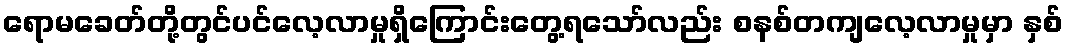
ရောမခေတ်တို့တွင်ပင်လေ့လာမှုရှိကြောင်းတွေ့ရသော်လည်း စနစ်တကျလေ့လာမှုမှာ နှစ်